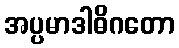
အပ္ပမာဒါဓိဂတော